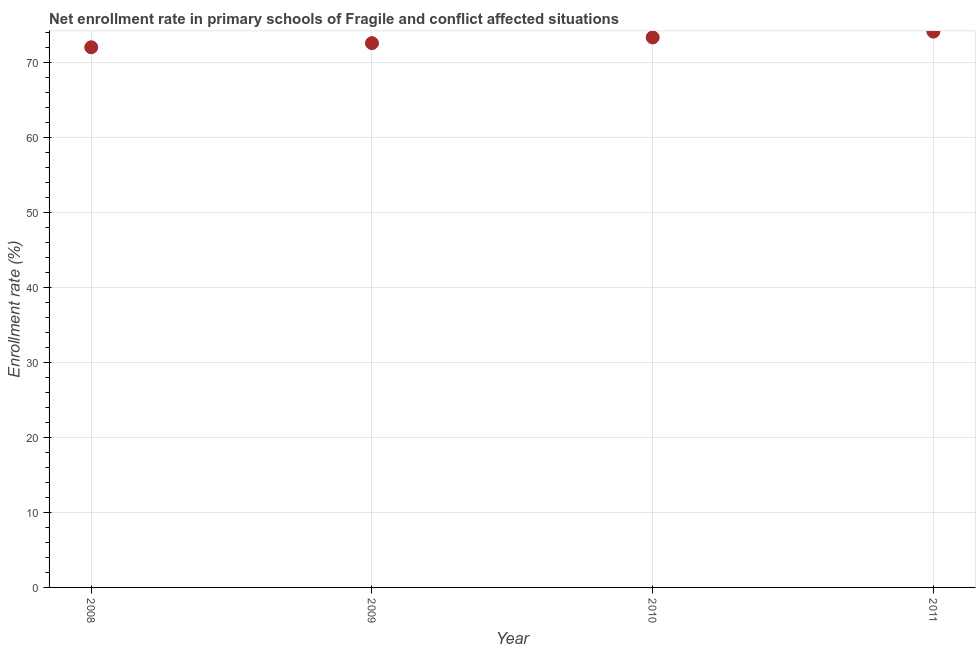
| Year | Adjusted net enrolment rate |
 | --- | --- |
 | 2008 | 72 |
 | 2009 | 72.6 |
 | 2010 | 73.4 |
 | 2011 | 74.1 |